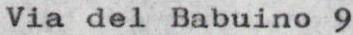
Via del Babuino 9